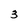
Character: 3